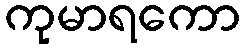
ကုမာရကော